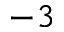
^ { - 3 }